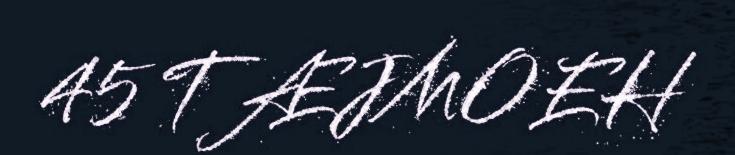
45 TÆJMOEH